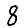
Digit: 8